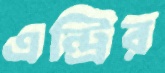
এন্ট্রির